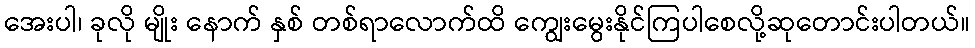
အေးပါ၊ ခုလို မျိုး နောက် နှစ် တစ်ရာလောက်ထိ ကျွေးမွေးနိုင်ကြပါစေလို့ဆုတောင်းပါတယ်။